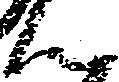
ん